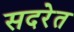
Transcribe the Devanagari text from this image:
सदरेत